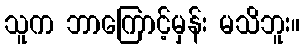
သူက ဘာကြောင့်မှန်း မသိဘူး။